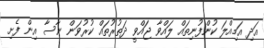
އަދި އަމިއްލަ ކުންފުނިތައް ލައްވާ ޖައްވީ ދަތުރުތައް ކުރުވަން ނާސާ އިން ފެށި